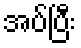
အပ်ပြီး